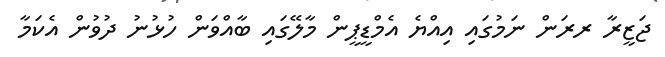
ޖަޒީރާ ރރަން ނަމުގައި އިއްޔެ އެމްޑީޕީން މާލޭގައި ބާއްވަން ހުޅުނު ދުވުން އެކަމާ